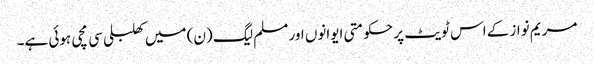
مریم نواز کے اس ٹویٹ پر حکومتی ایوانوں اور مسلم لیگ (ن) میں کھلبلی سی مچی ہوئی ہے۔